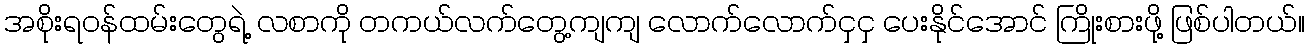
အစိုးရဝန်ထမ်းတွေရဲ့ လစာကို တကယ်လက်တွေ့ကျကျ လောက်လောက်ငှငှ ပေးနိုင်အောင် ကြိုးစားဖို့ ဖြစ်ပါတယ်။